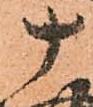
十